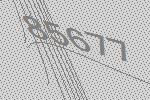
85677